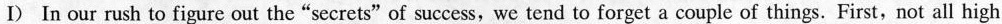
I) In our rush to figure out the “secretsof success, we tend to forget a couple of things. First, not all high